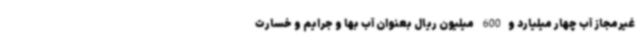
غیرمجاز آب چهار میلیارد و600 میلیون ریال بعنوان آب بها و جرایم و خسارت